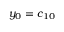
y _ { 0 } = c _ { 1 0 }